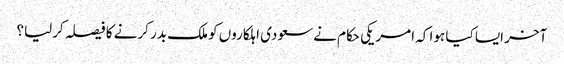
آخر ایسا کیا ہوا کہ امریکی حکام نےسعودی اہلکاروں کو ملک بدر کرنے کا فیصلہ کرلیا؟